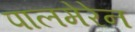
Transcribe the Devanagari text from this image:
पालमेरेन